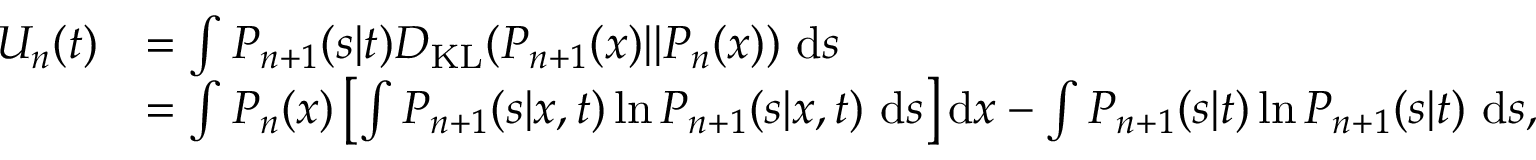
\begin{array} { r l } { U _ { n } ( t ) } & { = \int P _ { n + 1 } ( s | t ) D _ { \mathrm { K L } } ( P _ { n + 1 } ( x ) | | P _ { n } ( x ) ) \ \mathrm { d } s } \\ & { = \int P _ { n } ( x ) \left[ \int P _ { n + 1 } ( s | x , t ) \ln P _ { n + 1 } ( s | x , t ) \ \mathrm { d } s \right] \mathrm { d } x - \int P _ { n + 1 } ( s | t ) \ln P _ { n + 1 } ( s | t ) \ \mathrm { d } s , } \end{array}